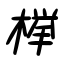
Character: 欅